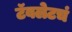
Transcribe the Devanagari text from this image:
टॅबलेटचं